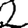
Digit: 2